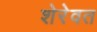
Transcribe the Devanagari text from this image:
शेरेवत